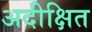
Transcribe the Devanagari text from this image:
अदीक्षित